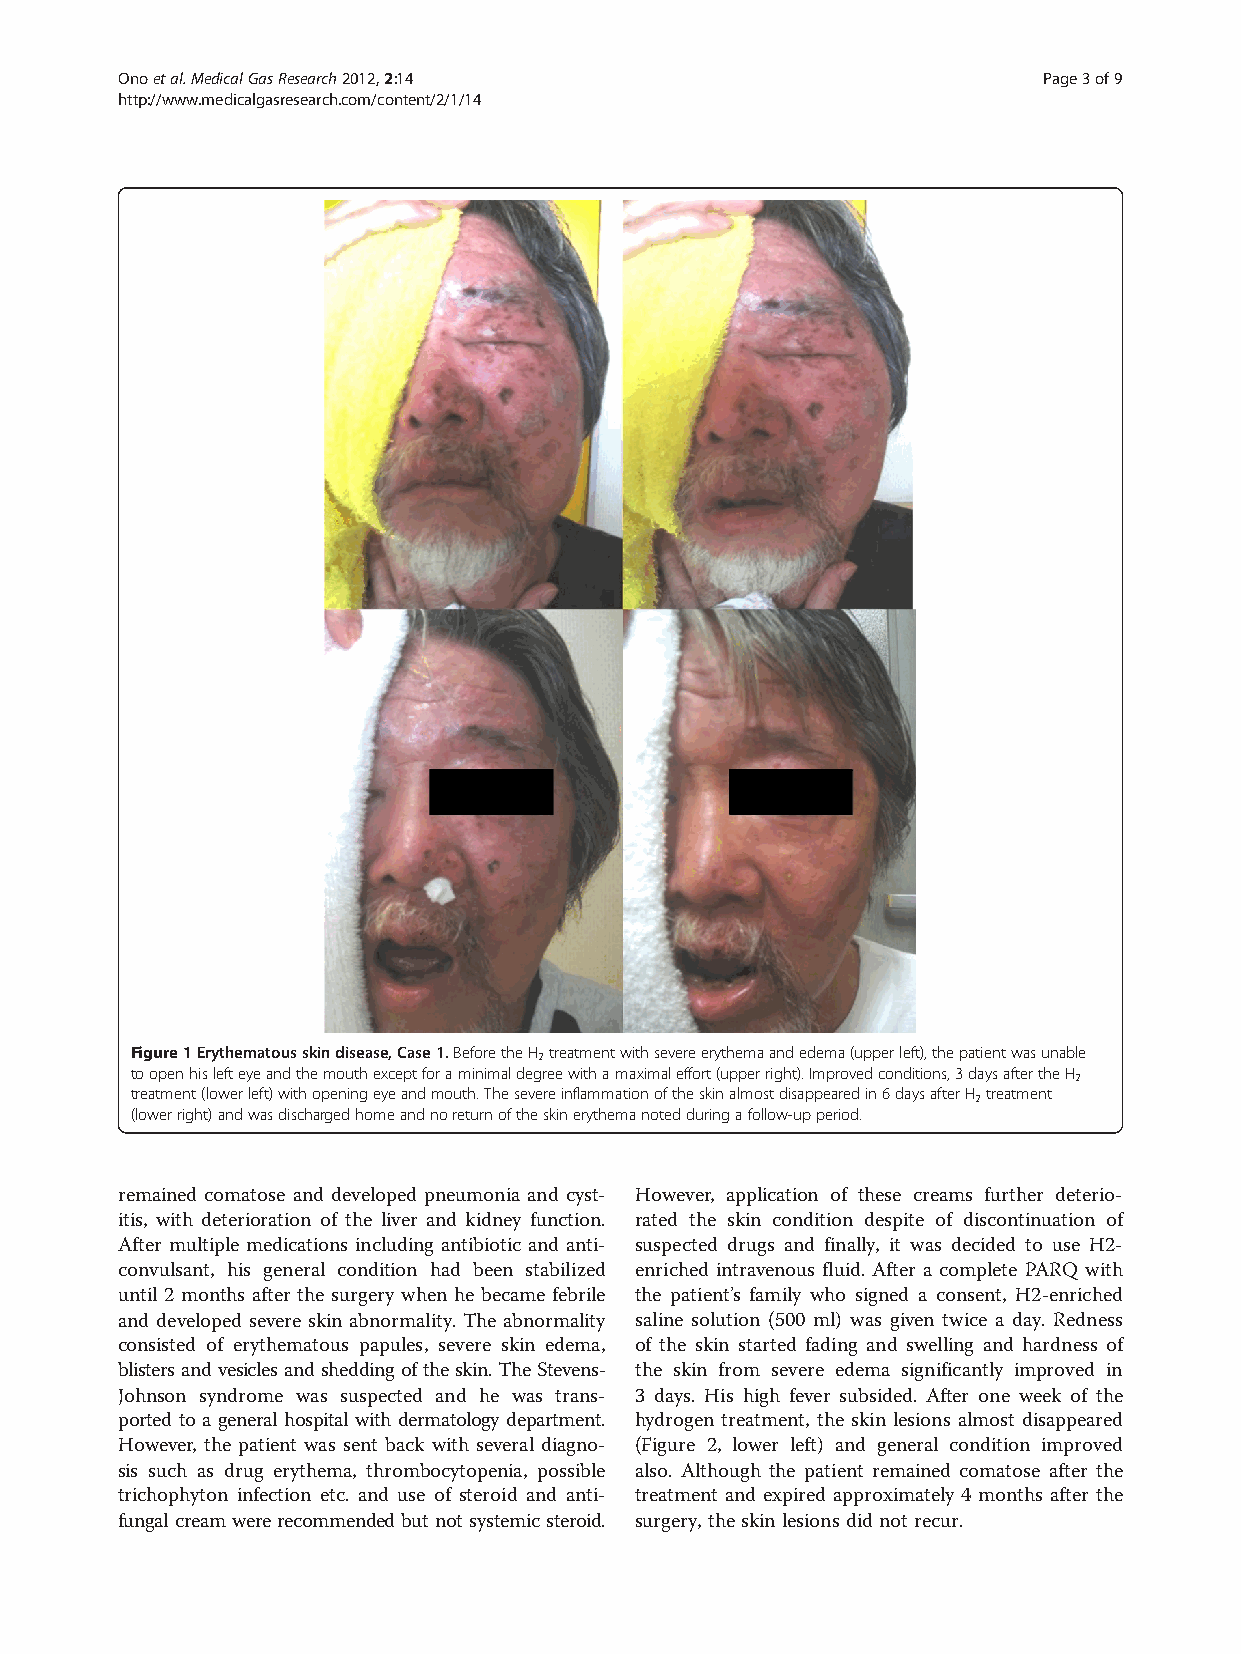
Onoetal.MedicalGasResearch2012,2:14                          Page3of9
 http://www.medicalgasresearch.com/content/2/1/14
 Figure1Erythematousskindisease,Case1.BeforetheH treatmentwithsevereerythemaandedema(upperleft),thepatientwasunable
 2
 toopenhislefteyeandthemouthexceptforaminimaldegreewithamaximaleffort(upperright).Improvedconditions,3daysaftertheH
 2
 treatment(lowerleft)withopeningeyeandmouth.Thesevereinflammationoftheskinalmostdisappearedin6daysafterH treatment
 2
 (lowerright)andwasdischargedhomeandnoreturnoftheskinerythemanotedduringafollow-upperiod.
 remained comatose and developed pneumonia and cyst- However, application of these creams further deterio-
 itis, with deterioration of the liver and kidney function. rated the skin condition despite of discontinuation of
 After multiple medications including antibiotic and anti- suspected drugs and finally, it was decided to use H2-
 convulsant, his general condition had been stabilized enriched intravenous fluid. After a complete PARQ with
 until 2 months after the surgery when he became febrile the patient’s family who signed a consent, H2-enriched
 and developed severe skin abnormality. The abnormality saline solution (500 ml) was given twice a day. Redness
 consisted of erythematous papules, severe skin edema, of the skin started fading and swelling and hardness of
 blistersandvesiclesandsheddingoftheskin.TheStevens- the skin from severe edema significantly improved in
 Johnson syndrome was suspected and he was trans- 3 days. His high fever subsided. After one week of the
 ported to a general hospital with dermatology department. hydrogen treatment, the skin lesions almost disappeared
 However, the patient was sent back with several diagno- (Figure 2, lower left) and general condition improved
 sis such as drug erythema, thrombocytopenia, possible also. Although the patient remained comatose after the
 trichophyton infection etc. and use of steroid and anti- treatment and expired approximately 4 months after the
 fungal cream were recommended but not systemic steroid. surgery,theskinlesionsdidnot recur.